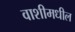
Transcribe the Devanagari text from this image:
वाशीमधील